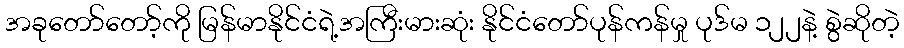
အခုတော်တော့်ကို မြန်မာနိုင်ငံရဲ့အကြီးမားဆုံး နိုင်ငံတော်ပုန်ကန်မှု ပုဒ်မ ၁၂၂နဲ့ စွဲဆိုတဲ့